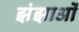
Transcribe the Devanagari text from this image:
झंझाओं